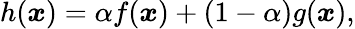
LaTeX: h(\boldsymbol{x})=\alpha f(\boldsymbol{x})+(1-\alpha)g(\boldsymbol{x}),